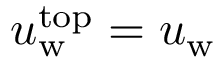
u _ { \mathrm { w } } ^ { \mathrm { t o p } } = u _ { \mathrm { w } }